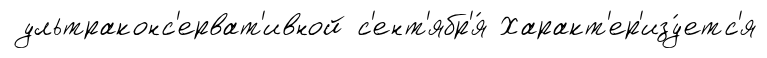
ультраконс'ерват'ивной с'ент'ябр'я́ Характ'ер'изу́етс'я